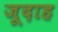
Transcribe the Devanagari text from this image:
जूदाह